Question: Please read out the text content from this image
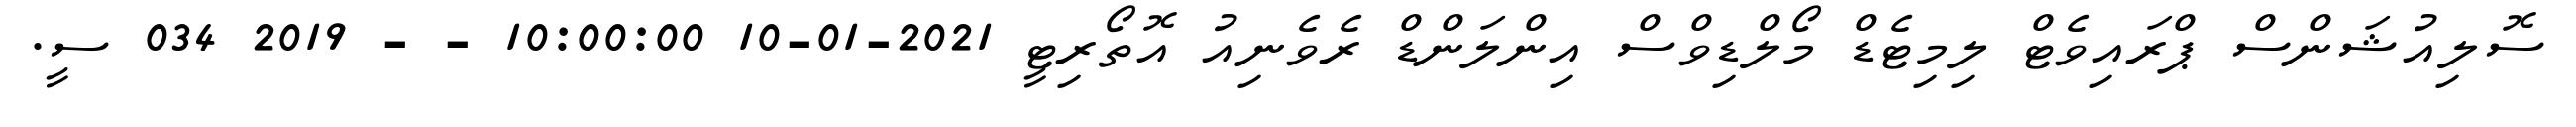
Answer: ސޮލިއުޝަންސް ޕްރައިވެޓް ލިމިޓެޑް މޯލްޑިވްސް އިންލަންޑް ރެވެނިއު އޮތޯރިޓީ 2021-01-10 10:00:00 - - 2019 034 ސީ.